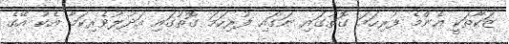
ޒަކާތަކީ އެންމެ ފުރިހަމަ ގޮތުގައި ނަގައި ފުރިހަމަ ގޮތުގައި އަދުލުވެރިކަމާ އެކު އޭގެ